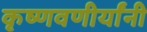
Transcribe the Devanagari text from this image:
कृष्णवणीर्यांनी